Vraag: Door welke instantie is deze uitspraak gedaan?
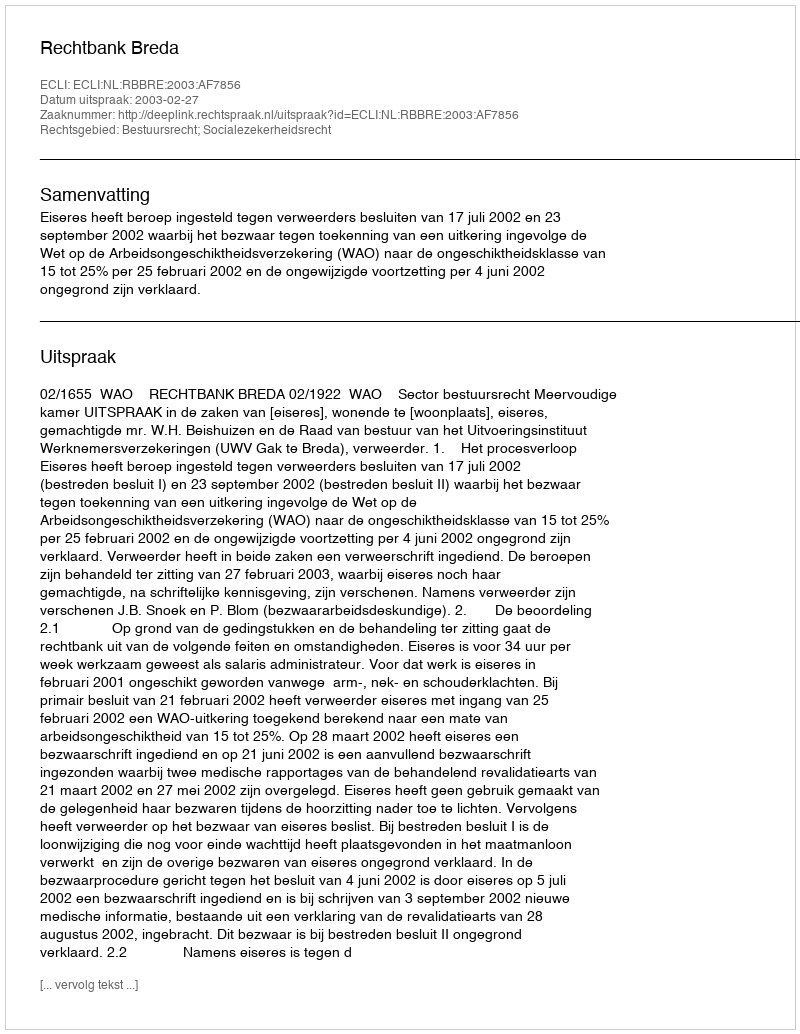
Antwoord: Rechtbank Breda